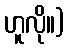
ဟူလို။)